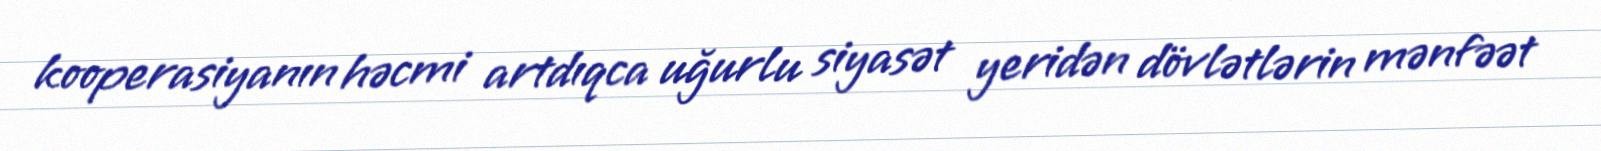
kooperasiyanın həcmi artdıqca uğurlu siyasət yeridən dövlətlərin mənfəət